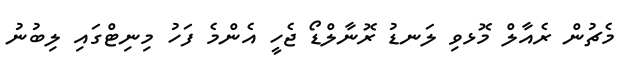
މެޗުން ރެއާލް މޮޅވި ލަނޑު ރޮނާލްޑޯ ޖެހީ އެންމެ ފަހު މިނިޓްގައި ލިބުނު